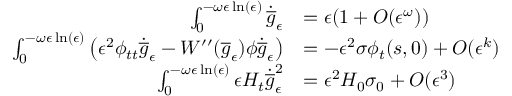
\begin{array} { r l } { \int _ { 0 } ^ { - \omega \epsilon \ln ( \epsilon ) } \dot { \overline { { g } } } _ { \epsilon } } & { = \epsilon ( 1 + O ( \epsilon ^ { \omega } ) ) } \\ { \int _ { 0 } ^ { - \omega \epsilon \ln ( \epsilon ) } \left( \epsilon ^ { 2 } \phi _ { t t } \dot { \overline { { g } } } _ { \epsilon } - W ^ { \prime \prime } ( \overline { { g } } _ { \epsilon } ) \phi \dot { \overline { { g } } } _ { \epsilon } \right) } & { = - \epsilon ^ { 2 } \sigma \phi _ { t } ( s , 0 ) + O ( \epsilon ^ { k } ) } \\ { \int _ { 0 } ^ { - \omega \epsilon \ln ( \epsilon ) } \epsilon H _ { t } \dot { \overline { { g } } } _ { \epsilon } ^ { 2 } } & { = \epsilon ^ { 2 } H _ { 0 } \sigma _ { 0 } + O ( \epsilon ^ { 3 } ) } \end{array}